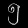
Digit: ၅